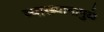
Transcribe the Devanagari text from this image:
व्याख्यानामुळे